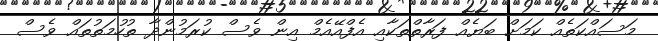
މަސައްކަތެއް ކަމަށް ބަޔެއް ފަރާތްތަކާއި އެފްއޭއެމް އިން ވެސް ކުރަމުންދާ ތުހުމަތުތައް ވެސް